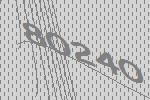
80240